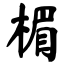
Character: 楣